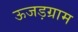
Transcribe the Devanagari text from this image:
ऊजड़ग्राम